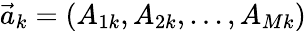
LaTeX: {\vec{a}_{k}=(A_{1k},A_{2k},...,A_{Mk})}